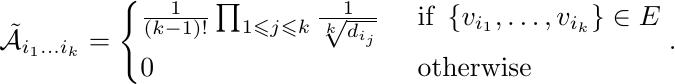
\begin{equation}
    {\tilde{\mathcal{A}}_{i_{1} \ldots i_{k}}}= \begin{cases}\frac{1}{(k-1) !} \prod_{1 \leqslant j \leqslant k} \frac{1}{\sqrt[k]{d_{i_{j}}}} & \text { if }\left\{v_{i_{1}}, \ldots, v_{i_{k}}\right\} \in E \\ 0 & \text { otherwise }\end{cases}.
\label{Eq:THNN2}
\notag
\end{equation}